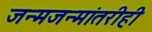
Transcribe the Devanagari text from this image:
जन्मजन्मांतरीही